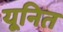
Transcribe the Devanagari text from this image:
यूनित